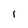
Character: I